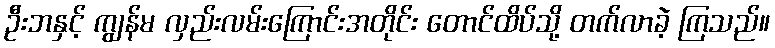
ဦးဘနှင့် ကျွန်မ လှည်းလမ်းကြောင်းအတိုင်း တောင်ထိပ်သို့ တက်လာခဲ့ ကြသည်။